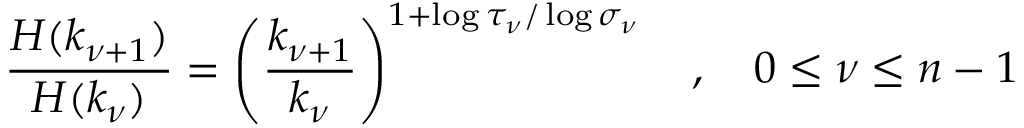
\frac { H ( k _ { \nu + 1 } ) } { H ( k _ { \nu } ) } = \left( \frac { k _ { \nu + 1 } } { k _ { \nu } } \right) ^ { 1 + \log \tau _ { \nu } / \log \sigma _ { \nu } } \quad , \quad 0 \leq \nu \leq n - 1